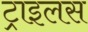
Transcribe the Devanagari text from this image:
ट्राइलस